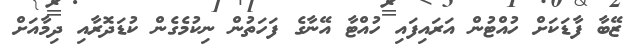
ޒޭބާ ފާޑަކަށް ހުއްޓުން އަރައިފައި ހުއްޓާ އޭނާގެ ފަހަތުން ނިކުމެގެން ކުޑަދޮރާއި ދިމާއަށް